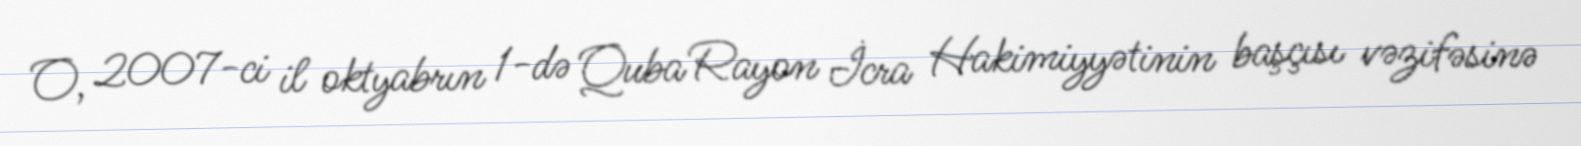
O, 2007-ci il oktyabrın 1-də Quba Rayon İcra Hakimiyyətinin başçısı vəzifəsinə